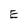
Character: E